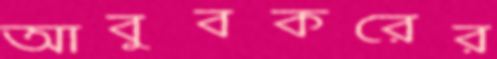
আবুবকরের